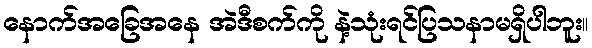
နောက်အခြေအနေ အဲဒီစက်ကို နဲ့သုံးရင်ပြသနာမရှိပါဘူး။